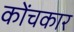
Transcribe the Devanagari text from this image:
कोंचकार